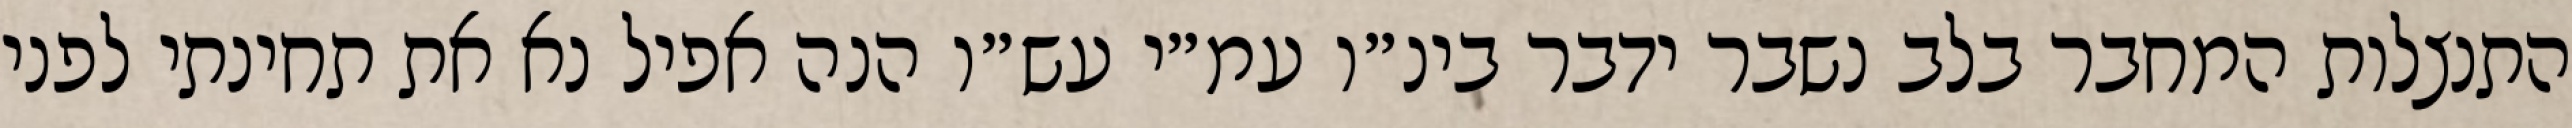
התנצלות המחבר בלב נשבר ידבר בינ״ו עמ״י עש״ו הנה אפיל נא את תחינתי לפני